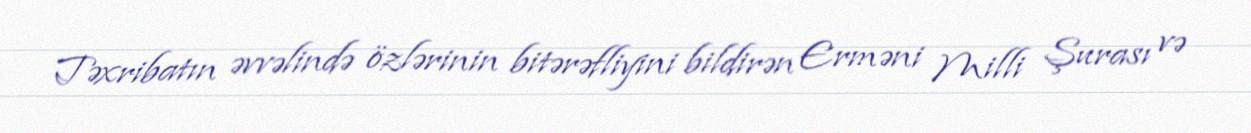
Təxribatın əvvəlində özlərinin bitərəfliyini bildirən Erməni Milli Şurası və